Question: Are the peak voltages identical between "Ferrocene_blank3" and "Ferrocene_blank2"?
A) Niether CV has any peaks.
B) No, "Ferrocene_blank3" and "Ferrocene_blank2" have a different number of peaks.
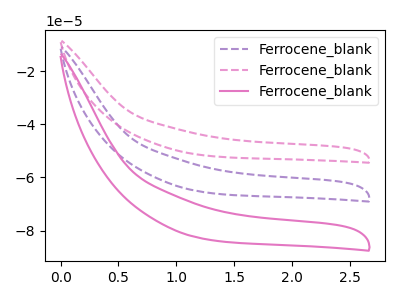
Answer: <think>The purple dashed curve "Ferrocene_blank1" has no peaks. The pink dashed curve "Ferrocene_blank2" has no peaks. The pink curve "Ferrocene_blank3" has no peaks.</think>
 <answer>A) Niether CV has any peaks.</answer>
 <eval>A</eval>